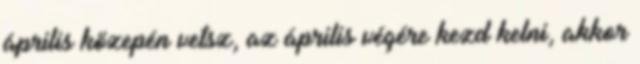
április közepén vetsz, az április végére kezd kelni, akkor